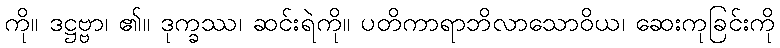
ကို။ ဒဋ္ဌဗ္ဗာ၊ ၏။ ဒုက္ခဿ၊ ဆင်းရဲကို။ ပတိကာရာဘိလာသောဝိယ၊ ဆေးကုခြင်းကို